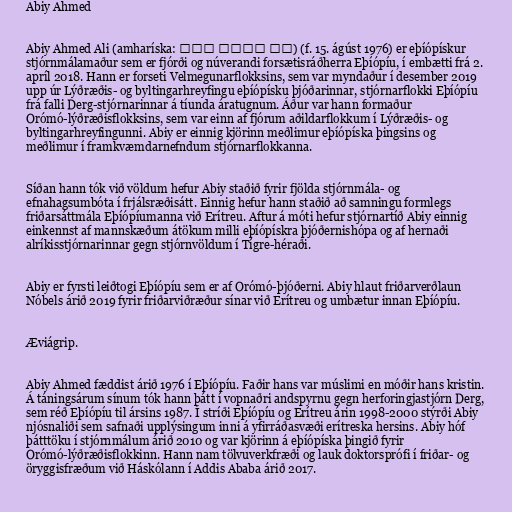
Abiy Ahmed

Abiy Ahmed Ali (amharíska: አብይ አህመድ አሊ) (f. 15. ágúst 1976) er eþíópískur
stjórnmálamaður sem er fjórði og núverandi forsætisráðherra Eþíópíu, í embætti frá 2.
apríl 2018. Hann er forseti Velmegunarflokksins, sem var myndaður í desember 2019
upp úr Lýðræðis- og byltingarhreyfingu eþíópísku þjóðarinnar, stjórnarflokki Eþíópíu
frá falli Derg-stjórnarinnar á tíunda áratugnum. Áður var hann formaður
Orómó-lýðræðisflokksins, sem var einn af fjórum aðildarflokkum í Lýðræðis- og
byltingarhreyfingunni. Abiy er einnig kjörinn meðlimur eþíópíska þingsins og
meðlimur í framkvæmdarnefndum stjórnarflokkanna.

Síðan hann tók við völdum hefur Abiy staðið fyrir fjölda stjórnmála- og
efnahagsumbóta í frjálsræðisátt. Einnig hefur hann staðið að samningu formlegs
friðarsáttmála Eþíópíumanna við Erítreu. Aftur á móti hefur stjórnartíð Abiy einnig
einkennst af mannskæðum átökum milli eþíópískra þjóðernishópa og af hernaði
alríkisstjórnarinnar gegn stjórnvöldum í Tígre-héraði.

Abiy er fyrsti leiðtogi Eþíópíu sem er af Orómó-þjóðerni. Abiy hlaut friðarverðlaun
Nóbels árið 2019 fyrir friðarviðræður sínar við Erítreu og umbætur innan Eþíópíu.

Æviágrip.

Abiy Ahmed fæddist árið 1976 í Eþíópíu. Faðir hans var múslimi en móðir hans kristin.
Á táningsárum sínum tók hann þátt í vopnaðri andspyrnu gegn herforingjastjórn Derg,
sem réð Eþíópíu til ársins 1987. Í stríði Eþíópíu og Erítreu árin 1998-2000 stýrði Abiy
njósnaliði sem safnaði upplýsingum inni á yfirráðasvæði erítreska hersins. Abiy hóf
þátttöku í stjórnmálum árið 2010 og var kjörinn á eþíópíska þingið fyrir
Orómó-lýðræðisflokkinn. Hann nam tölvuverkfræði og lauk doktorsprófi í friðar- og
öryggis­fræðum við Háskólann í Addis Ababa árið 2017.